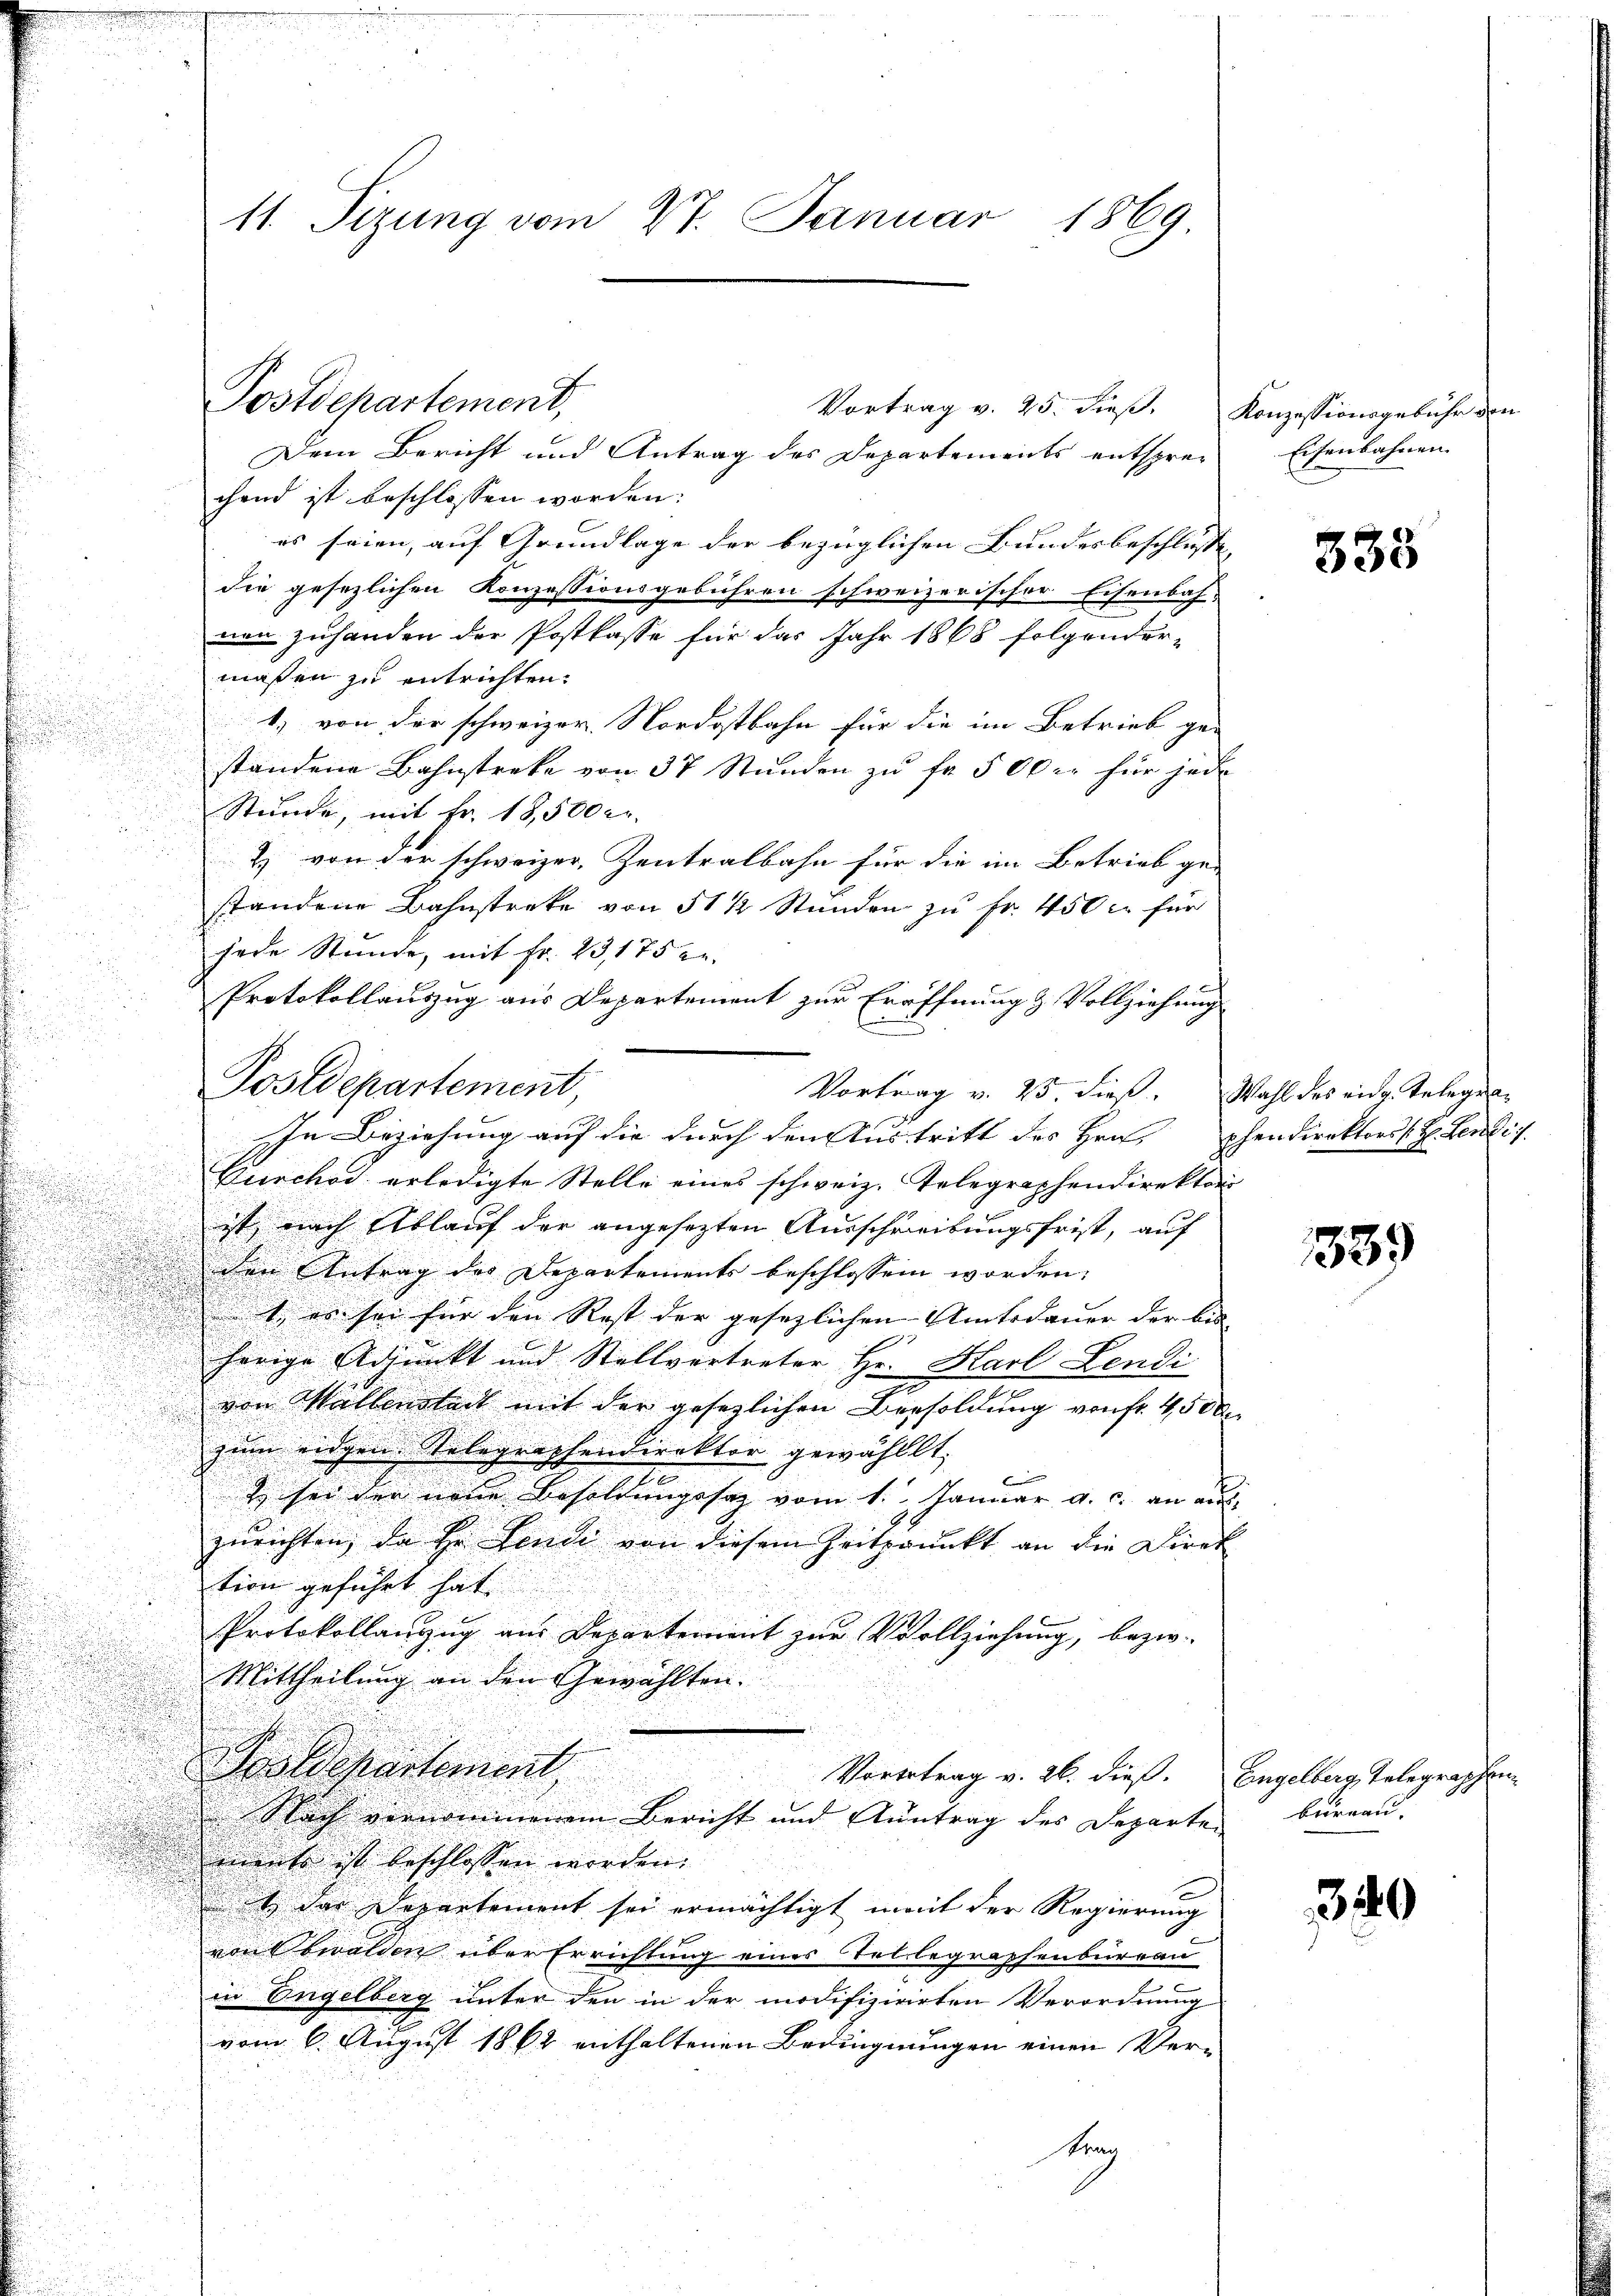
11. Sizung vom 27. Januar 1869

Vortrag v. 25. dieß. Konzessionsgebühr den
Dem Bericht und Antrag des Departements entsprec
chend ist beschlossen worden:
es seien, auf Grundlage der bezüglichen Bundesbeschlüsse
die gesezlichen Konzessionsgebühren schweizerischer Eisenbah-
nen zuhanden der Postkasse für das Jahr 1868 folgender-
maßen zu entrichten.
1) von der schweizer. Nordostbahn für die im Betrieb ge-
standene Bahnstreke von 37 Stunden zu fr. 500 er für jede
d
Stunde, mit Fr. 18,500 er
& von der schweizer, Zentralbahn für die im Betrieb ge-
standene Bahnstreke von 51 ½ Stunden zu Fr. 450 c. für
jede Stunde, mit Fr. 23,175 er
Protokollauszug aus Departement zur Eröffnung & Vollziehung
C
Durchor erledigte Stelle eines schweiz. Telegraphendirektori
ist nach Ablauf der angesezten Ausschreibungsfrist, auf
Den Antrag des Departements beschlossen worden:
u
t, es sei für den Rest der gesezlichen Amtsdauer der bis |
herige Adjunkt und Stellvertreter Hr. Karl Lendi
u
.
von Mallenstadt mit der gesezlichen Besoldung von fr. 450
zum eidgen. Telegraphendirektor gewählt:
.
sei der neue Besoldungssaz vom 1. Januar a. c. an aus-
zurichten, da Hr. Finde von diesem Zeitpunkt an die Direk
tion geführt hat.
Protokollanzug aus Departement zur Vollziehung, bezw.
Mittheilung an den Gewählten.
Goldepartement,
Vorertrag v. 26. dieß.
Nach vernommenen Bericht und Antrag des Departen
iments ist beschlossen worden.
t das Departement sei ermächtigt weit der Regierung
von Obwalden über Errichtung eines Tellegraphenbureau
in Engelberg unter den in der modifizirirten Verordnung
vom 6. August 1862 enthaltenen Bedingnungen einen Ver¬
Ktrag

Postdepartement,

Postdepartement,
In Beziehung auf die durch den Austritt des Hrn. pendirektors H. Sentis

Vortrag v. 25. dieß. Wahl des eid. Telegra-

Eisenbahnen.

333

389

Engelberg, Telegraphen
bureau.

340